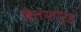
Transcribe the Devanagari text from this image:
विलफोर्ड